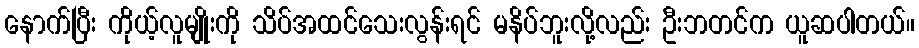
နောက်ပြီး ကိုယ့်လူမျိုးကို သိပ်အထင်သေးလွန်းရင် မနိပ်ဘူးလို့လည်း ဦးဘတင်က ယူဆပါတယ်။